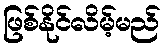
ဖြစ်နိုင်လိမ့်မည်